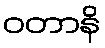
ဝတာနိ